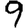
Digit: 9